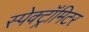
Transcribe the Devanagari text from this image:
स्पेक्ट्रॉमिटर